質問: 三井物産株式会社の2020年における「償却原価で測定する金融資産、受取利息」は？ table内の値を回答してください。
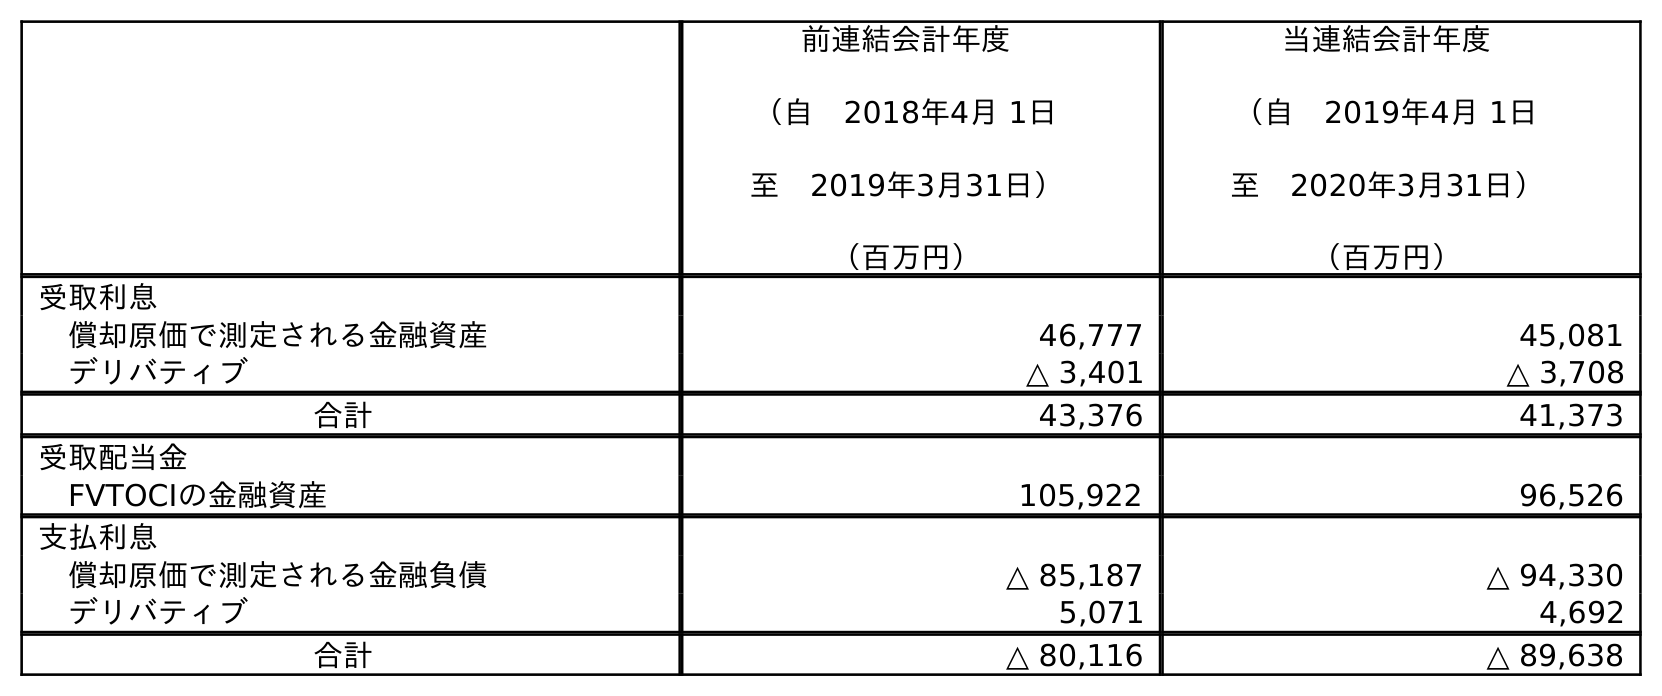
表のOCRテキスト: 前連結会計年度 （自 2018年4月 1日 至 2019年3月31日） （百万円） 当連結会計年度 （自 2019年4月 1日 至 2020年3月31日） （百万円） 受取利息 償却原価で測定される金融資産 46,777 45,081 デリバティブ △ 3,401 △ 3,708 合計 43,376 41,373 受取配当金 FVTOCIの金融資産 105,922 96,526 支払利息 償却原価で測定される金融負債 △ 85,187 △ 94,330 デリバティブ 5,071 4,692 合計 △ 80,116 △ 89,638
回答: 45,081